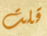
قلت